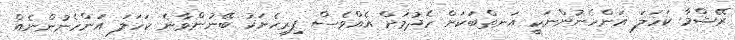
ރޭޝްމާ ކަހަލަ އަންހެނުންނަކީ އަނތްބަކަށް ހެދުމަށް އެއްވެސް ފިރިހެނަކު ބޭނުންވާނެ ކަހަލަ އަންހެނުންނެއް